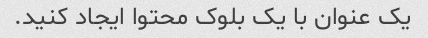
یک عنوان با یک بلوک محتوا ایجاد کنید.